Investigations on Bengal jail dietaries - Number 37
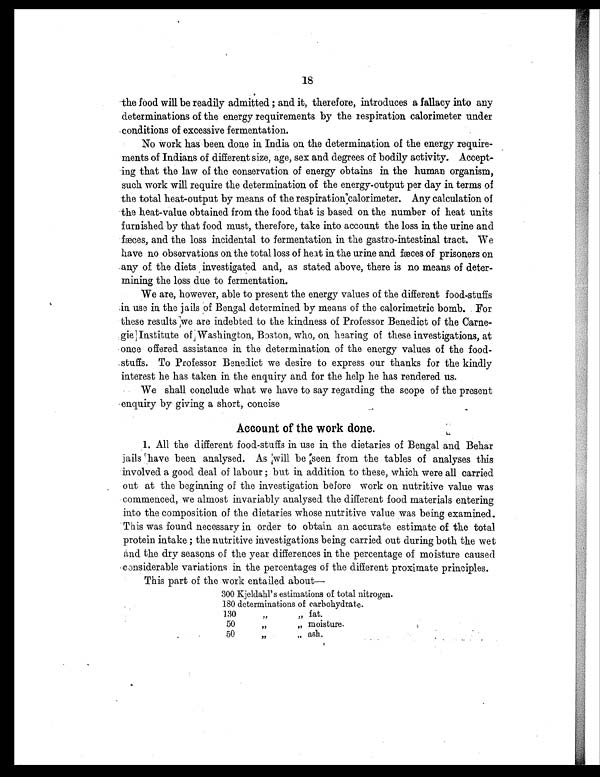
18
the food will be readily admitted ; and it, therefore, introduces a fallacy into any
determinations of the energy requirements by the respiration calorimeter under
conditions of excessive fermentation.
No work has been done in India on the determination of the energy require-
ments of Indians of different size, age, sex and degrees of bodily activity. Accept-
ing that the law of the conservation of energy obtains in the human organism,
such work will require the determination of the energy-output per day in terms of
the total heat-output by means of the respiration calorimeter. Any calculation of
the heat-value obtained from the food that is based on the number of heat units
furnished by that food must, therefore, take into account the loss in the urine and
fæces, and the loss incidental to fermentation in the gastro-intestinal tract. We
have no observations on the total loss of heat in the urine and fæces of prisoners on
any of the diets investigated and, as stated above, there is no means of deter-
mining the loss due to fermentation.
We are, however, able to present the energy values of the different food-stuffs
in use in the jails of Bengal determined by means of the calorimetric bomb. For
these results we are indebted to the kindness of Professor Benedict of the Carne-
gie Institute of Washington, Boston, who, on hearing of these investigations, at
once offered assistance in the determination of the energy values of the food
- stuffs. To Professor Benedict we desire to express our thanks for the kindly
interest he has taken in the enquiry and. for the help he has rendered us.
We shall conclude what we have to say regarding the scope of the present
enquiry by giving a short, concise
Account of the work done.
1. All the different food-stuffs in use in the dietaries of Bengal and Behar
jails have been analysed. As will be seen from the tables of analyses this
involved a good deal of labour ; but in addition to these, which were all carried
out at the beginning of the investigation before work on nutritive value was
commenced, we almost invariably analysed the different food materials entering
into the composition of the dietaries whose nutritive value was being examined.
This was found necessary in order to obtain an accurate estimate of the total
protein intake ; the nutritive investigations being carried out during both the wet
and the dry seasons of the year differences in the percentage of moisture caused
considerable variations in the percentages of the different proximate principles.
This part of the work entailed about
—
300 Kjeldahl's estimations of total nitrogen.
180 determinations of carbohydrate.
130
"
" fat.
50
"
" moisture.
5 0
"
" ash.